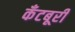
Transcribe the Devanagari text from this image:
कँटबूरी